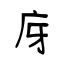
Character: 庌